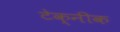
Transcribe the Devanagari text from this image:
टेक्नीक